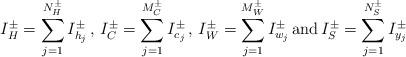
LaTeX: \begin{align*}I^{\pm }_{H}=\sum ^{N^{\pm }_{H}}_{j=1}I_{h_{j}}^{\pm }\, ,\, I^{\pm }_{C}=\sum ^{M^{\pm }_{C}}_{j=1}I_{c_{j}}^{\pm }\, ,\, I^{\pm }_{W}=\sum ^{M^{\pm }_{W}}_{j=1}I_{w_{j}}^{\pm }\, \mathrm{and}\, I^{\pm }_{S}=\sum ^{N^{\pm }_{S}}_{j=1}I_{y_{j}}^{\pm }\end{align*}